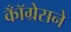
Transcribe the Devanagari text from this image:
कॉँग्रेसने